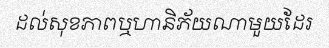
ដល់សុខភាពឬហានិភ័យណាមួយដែរ